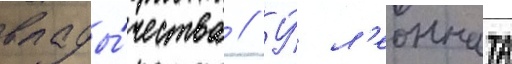
влады́чества // У́ л'еонната